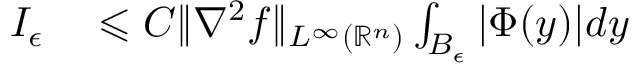
\begin{array} { r l } { I _ { \epsilon } } & { { } \leqslant C \| \nabla ^ { 2 } f \| _ { L ^ { \infty } ( \mathbb { R } ^ { n } ) } \int _ { B _ { \epsilon } } | \Phi ( y ) | d y } \end{array}